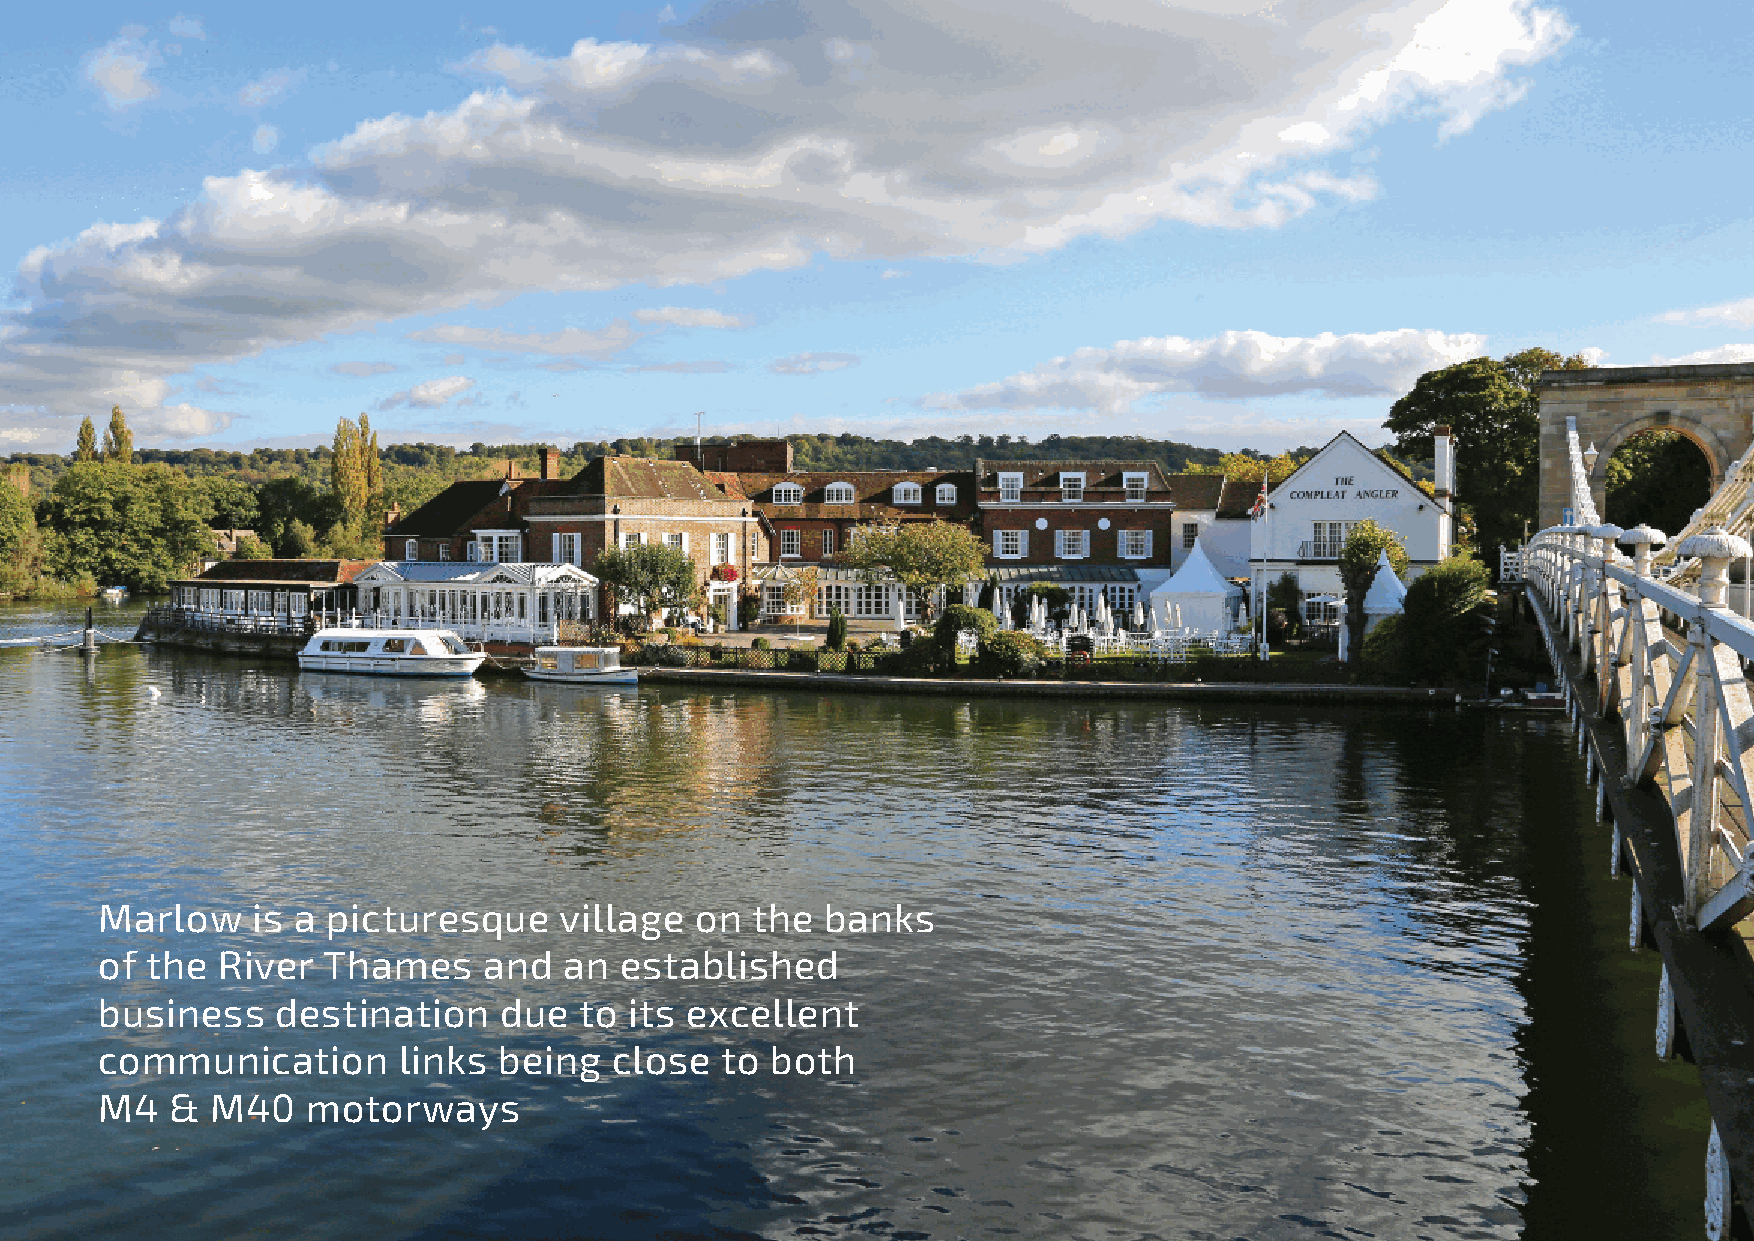
Marlow     is a picturesque    village  on  the  banks
 of  the River  Thames     and  an  established
 business    destination    due  to  its excellent
 communication       links  being  close   to both
 M4  &  M40   motorways